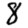
Digit: 8